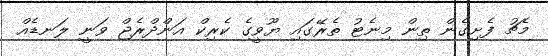
މެޗު ފެށިގެން ތިން މިނެޓު ތެރޭގައި ޔޫވީގެ ކެރިކް އަންދްރެޖް ވަނީ ލަނޑެއް